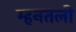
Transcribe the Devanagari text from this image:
म्हनतली